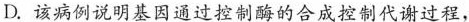
D.该病例说明基因通过控制酶的合成控制代谢过程，